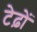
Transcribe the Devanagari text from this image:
टेढ़ों